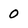
Character: 0